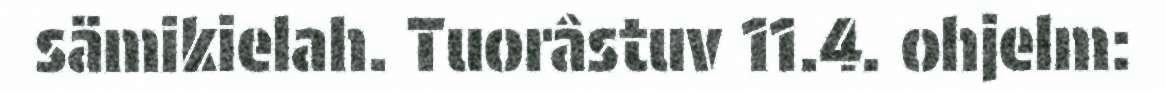
sämikielah. Tuorâstuv 11.4. ohjelm: